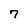
Character: 7